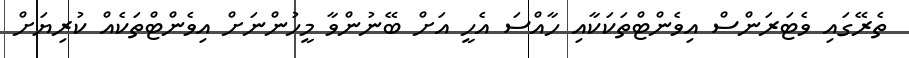
ތެރޭގައި ވެޓަރަންސް އިވެންޓްތަކަކާއި ހާއްސަ އެހީ އަށް ބޭނުންވާ މީހުންނަށް އިވެންޓްތަކެއް ކުރިޔަށް